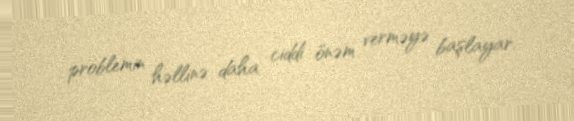
problemin həllinə daha ciddi önəm verməyə başlayar.